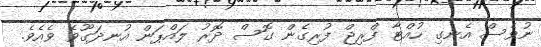
ނުވެސް އެނގި ހުއްޓާ ފްރިޖް ފުރިގެން ގޮސް ދޮރު ލައްޕަން އުނދަގޫވެ ވެއެވެ.